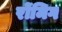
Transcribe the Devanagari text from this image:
रोंमिग